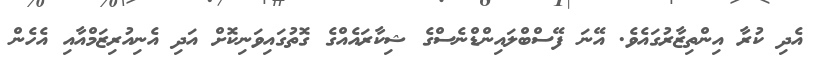
އެދި ކުރާ އިންތިޒާރުގައެވެ. އޭނަ ފޭސްބްލައިންޑްނެސްގެ ޝިކާރައެއްގެ ގޮތުގައިވަނިކޮށް އަދި އެނިއުރިޒަމްއާއި އެހެން